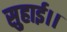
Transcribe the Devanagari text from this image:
सुहाई।।